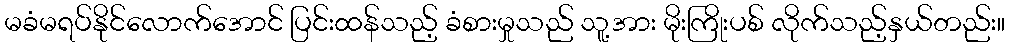
မခံမရပ်နိုင်လောက်အောင် ပြင်းထန်သည့် ခံစားမှုသည် သူ့အား မိုးကြိုးပစ် လိုက်သည့်နှယ်တည်း။